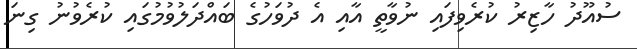
ސުއޫދު ހާޒިރު ކުރެވިފައި ނުވާތީ އާއި އެ ދުވަހުގެ ބައްދަލުވުމުގައި ކުރެވުނު ގިނަ